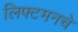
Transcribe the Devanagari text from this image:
लिफ्टमनचे